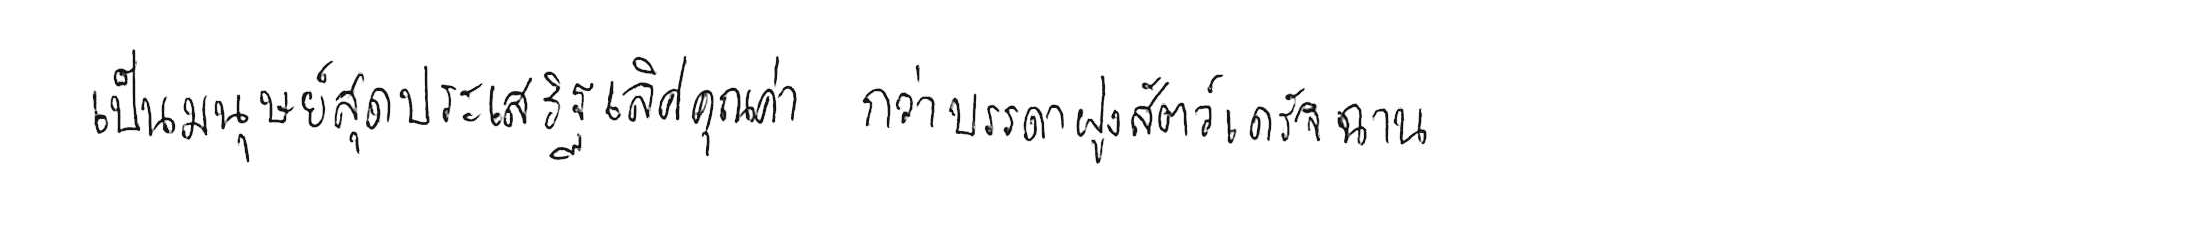
เป็นมนุษย์สุดประเสริฐเลิศคุณค่า กว่าบรรดาฝูงสัตว์เดรัจฉาน